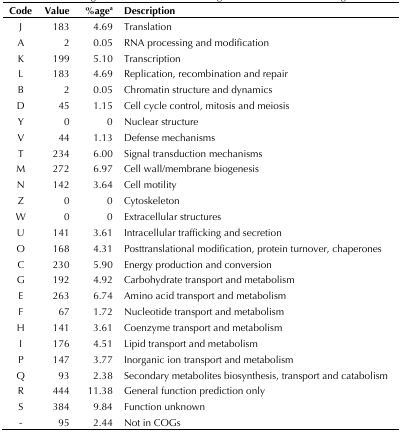
<table><thead><tr><td><b>Code</b></td><td><b>Value</b></td><td><b>%age<sup>a</sup></b></td><td><b>Description</b></td></tr></thead><tbody><tr><td>J</td><td>183</td><td>4.69</td><td>Translation</td></tr><tr><td>A</td><td>2</td><td>0.05</td><td>RNA processing and modification</td></tr><tr><td>K</td><td>199</td><td>5.10</td><td>Transcription</td></tr><tr><td>L</td><td>183</td><td>4.69</td><td>Replication, recombination and repair</td></tr><tr><td>B</td><td>2</td><td>0.05</td><td>Chromatin structure and dynamics</td></tr><tr><td>D</td><td>45</td><td>1.15</td><td>Cell cycle control, mitosis and meiosis</td></tr><tr><td>Y</td><td>0</td><td>0</td><td>Nuclear structure</td></tr><tr><td>V</td><td>44</td><td>1.13</td><td>Defense mechanisms</td></tr><tr><td>T</td><td>234</td><td>6.00</td><td>Signal transduction mechanisms</td></tr><tr><td>M</td><td>272</td><td>6.97</td><td>Cell wall/membrane biogenesis</td></tr><tr><td>N</td><td>142</td><td>3.64</td><td>Cell motility</td></tr><tr><td>Z</td><td>0</td><td>0</td><td>Cytoskeleton</td></tr><tr><td>W</td><td>0</td><td>0</td><td>Extracellular structures</td></tr><tr><td>U</td><td>141</td><td>3.61</td><td>Intracellular trafficking and secretion</td></tr><tr><td>O</td><td>168</td><td>4.31</td><td>Posttranslational modification, protein turnover, chaperones</td></tr><tr><td>C</td><td>230</td><td>5.90</td><td>Energy production and conversion</td></tr><tr><td>G</td><td>192</td><td>4.92</td><td>Carbohydrate transport and metabolism</td></tr><tr><td>E</td><td>263</td><td>6.74</td><td>Amino acid transport and metabolism</td></tr><tr><td>F</td><td>67</td><td>1.72</td><td>Nucleotide transport and metabolism</td></tr><tr><td>H</td><td>141</td><td>3.61</td><td>Coenzyme transport and metabolism</td></tr><tr><td>I</td><td>176</td><td>4.51</td><td>Lipid transport and metabolism</td></tr><tr><td>P</td><td>147</td><td>3.77</td><td>Inorganic ion transport and metabolism</td></tr><tr><td>Q</td><td>93</td><td>2.38</td><td>Secondary metabolites biosynthesis, transport and catabolism</td></tr><tr><td>R</td><td>444</td><td>11.38</td><td>General function prediction only</td></tr><tr><td>S</td><td>384</td><td>9.84</td><td>Function unknown</td></tr><tr><td>-</td><td>95</td><td>2.44</td><td>Not in COGs</td></tr></tbody></table>